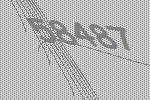
58487